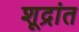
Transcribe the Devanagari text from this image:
शूद्रांत